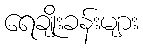
ရေချိုးခန်းများ